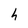
Character: h